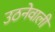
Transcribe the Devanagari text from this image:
उठनेवाली